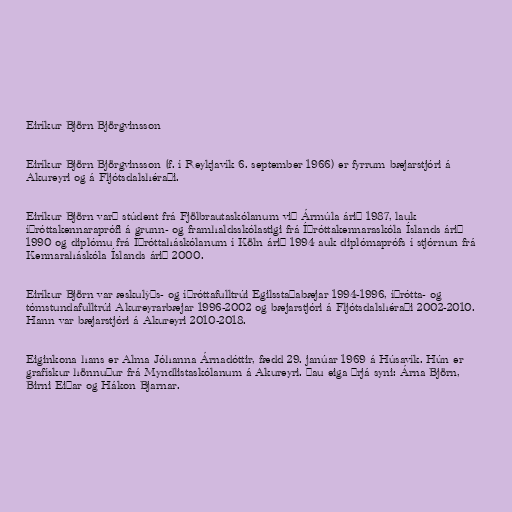
Eiríkur Björn Björgvinsson

Eiríkur Björn Björgvinsson (f. í Reykjavík 6. september 1966) er fyrrum bæjarstjóri á
Akureyri og á Fljótsdalshéraði.

Eiríkur Björn varð stúdent frá Fjölbrautaskólanum við Ármúla árið 1987, lauk
íþróttakennaraprófi á grunn- og framhaldsskólastigi frá Íþróttakennaraskóla Íslands árið
1990 og diplómu frá Íþróttaháskólanum í Köln árið 1994 auk diplómaprófs í stjórnun frá
Kennaraháskóla Íslands árið 2000.

Eiríkur Björn var æskulýðs- og íþróttafulltrúi Egilsstaðabæjar 1994-1996, íþrótta- og
tómstundafulltrúi Akureyrarbæjar 1996-2002 og bæjarstjóri á Fljótsdalshéraði 2002-2010.
Hann var bæjarstjóri á Akureyri 2010-2018.

Eiginkona hans er Alma Jóhanna Árnadóttir, fædd 29. janúar 1969 á Húsavík. Hún er
grafískur hönnuður frá Myndlistaskólanum á Akureyri. Þau eiga þrjá syni: Árna Björn,
Birni Eiðar og Hákon Bjarnar.